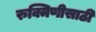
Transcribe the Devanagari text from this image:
रुक्मिणीसाठी